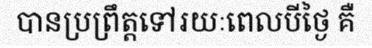
បានប្រព្រឹត្តទៅរយៈពេលបីថ្ងៃ គឺ